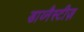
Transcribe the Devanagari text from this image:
डाय्नैस्टीज़